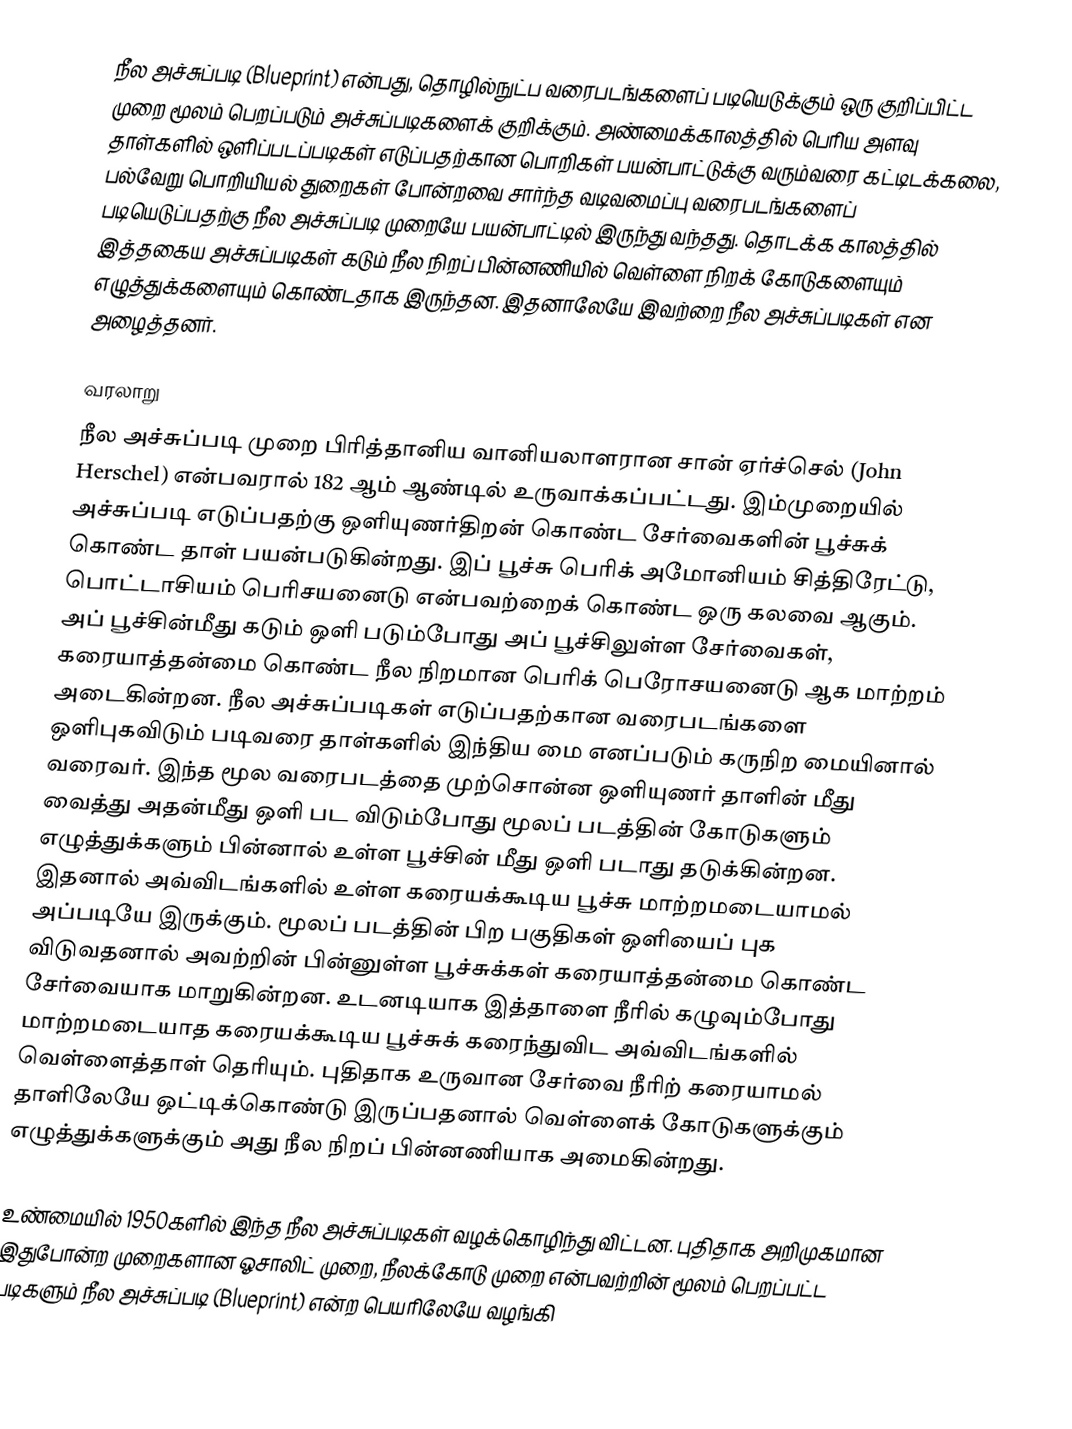
நீல அச்சுப்படி (Blueprint) என்பது, தொழில்நுட்ப வரைபடங்களைப் படியெடுக்கும் ஒரு குறிப்பிட்ட முறை மூலம் பெறப்படும் அச்சுப்படிகளைக் குறிக்கும். அண்மைக்காலத்தில் பெரிய அளவு தாள்களில் ஒளிப்படப்படிகள் எடுப்பதற்கான பொறிகள் பயன்பாட்டுக்கு வரும்வரை கட்டிடக்கலை, பல்வேறு பொறியியல் துறைகள் போன்றவை சார்ந்த வடிவமைப்பு வரைபடங்களைப் படியெடுப்பதற்கு நீல அச்சுப்படி முறையே பயன்பாட்டில் இருந்து வந்தது. தொடக்க காலத்தில் இத்தகைய அச்சுப்படிகள் கடும் நீல நிறப் பின்னணியில் வெள்ளை நிறக் கோடுகளையும் எழுத்துக்களையும் கொண்டதாக இருந்தன. இதனாலேயே இவற்றை நீல அச்சுப்படிகள் என அழைத்தனர்.

வரலாறு
நீல அச்சுப்படி முறை பிரித்தானிய வானியலாளரான சான் ஏர்ச்செல் (John Herschel) என்பவரால் 182 ஆம் ஆண்டில் உருவாக்கப்பட்டது. இம்முறையில் அச்சுப்படி எடுப்பதற்கு ஒளியுணர்திறன் கொண்ட சேர்வைகளின் பூச்சுக் கொண்ட தாள் பயன்படுகின்றது. இப் பூச்சு பெரிக் அமோனியம் சித்திரேட்டு, பொட்டாசியம் பெரிசயனைடு என்பவற்றைக் கொண்ட ஒரு கலவை ஆகும். அப் பூச்சின்மீது கடும் ஒளி படும்போது அப் பூச்சிலுள்ள சேர்வைகள், கரையாத்தன்மை கொண்ட நீல நிறமான பெரிக் பெரோசயனைடு ஆக மாற்றம் அடைகின்றன. நீல அச்சுப்படிகள் எடுப்பதற்கான வரைபடங்களை ஒளிபுகவிடும் படிவரை தாள்களில் இந்திய மை எனப்படும் கருநிற மையினால் வரைவர். இந்த மூல வரைபடத்தை முற்சொன்ன ஒளியுணர் தாளின் மீது வைத்து அதன்மீது ஒளி பட விடும்போது மூலப் படத்தின் கோடுகளும் எழுத்துக்களும் பின்னால் உள்ள பூச்சின் மீது ஒளி படாது தடுக்கின்றன. இதனால் அவ்விடங்களில் உள்ள கரையக்கூடிய பூச்சு மாற்றமடையாமல் அப்படியே இருக்கும். மூலப் படத்தின் பிற பகுதிகள் ஒளியைப் புக விடுவதனால் அவற்றின் பின்னுள்ள பூச்சுக்கள் கரையாத்தன்மை கொண்ட சேர்வையாக மாறுகின்றன. உடனடியாக இத்தாளை நீரில் கழுவும்போது மாற்றமடையாத கரையக்கூடிய பூச்சுக் கரைந்துவிட அவ்விடங்களில் வெள்ளைத்தாள் தெரியும். புதிதாக உருவான சேர்வை நீரிற் கரையாமல் தாளிலேயே ஒட்டிக்கொண்டு இருப்பதனால் வெள்ளைக் கோடுகளுக்கும் எழுத்துக்களுக்கும் அது நீல நிறப் பின்னணியாக அமைகின்றது.

உண்மையில் 1950களில் இந்த நீல அச்சுப்படிகள் வழக்கொழிந்து விட்டன. புதிதாக அறிமுகமான இதுபோன்ற முறைகளான ஓசாலிட் முறை, நீலக்கோடு முறை என்பவற்றின் மூலம் பெறப்பட்ட படிகளும் நீல அச்சுப்படி (Blueprint) என்ற பெயரிலேயே வழங்கி